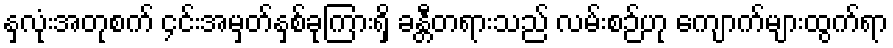
နှလုံးအတုစက် ၄င်းအမှတ်နှစ်ခုကြားရှိ ခန္တီတရားသည် လမ်းစဉ်ဟု ကျောက်များထွက်ရာ